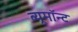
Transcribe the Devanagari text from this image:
ब्यूमॉन्ट